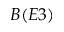
B ( E 3 )